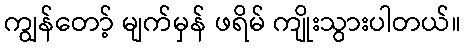
ကျွန်တော့် မျက်မှန် ဖရိမ် ကျိုးသွားပါတယ်။